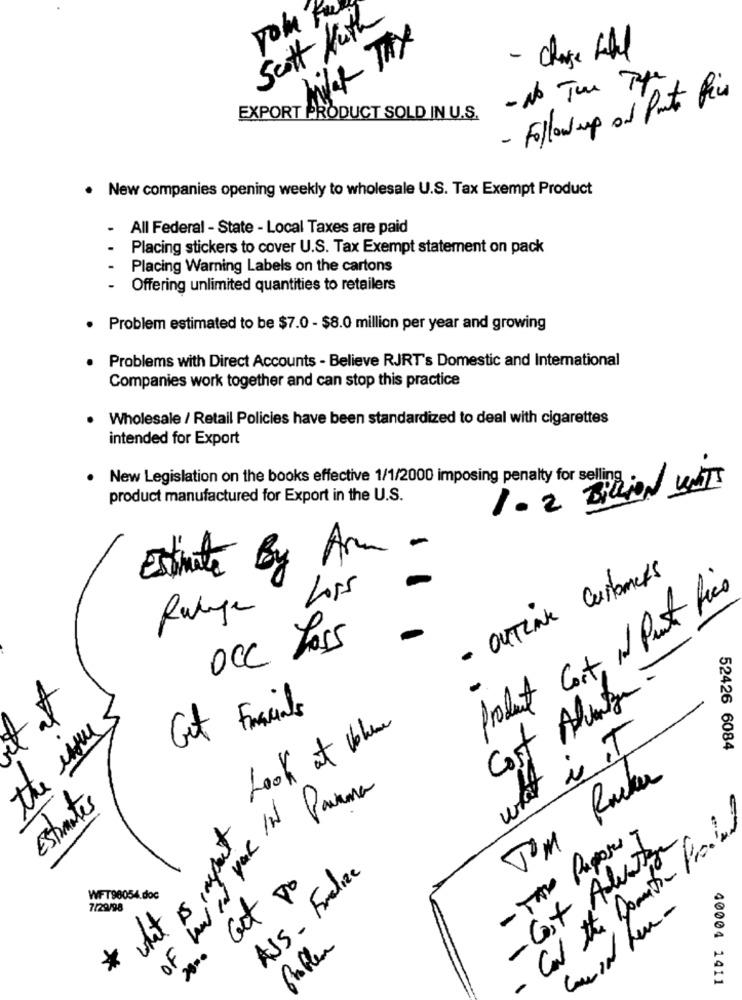
Scott Kuth
John
night THX
- Charge fehl
- No TOU The
- Follow up of Punto Pics
EXPORT PRODUCT SOLD IN U.S.
. New companies opening weekly to wholesale U.S. Tax Exempt Product
All Federal - State - Local Taxes are paid
Placing stickers to cover U.S. Tax Exempt statement on pack
Placing Warning Labels on the cartons
Offering unlimited quantities to retailers
Problem estimated to be $7.0 - $8.0 million per year and growing
Problems with Direct Accounts - Believe RJRT's Domestic and International
Companies work together and can stop this practice
Wholesale / Retail Policies have been standardized to deal with cigarettes
intended for Export
New Legislation on the books effective 1/1/2000 imposing penalty for selling /WII
product manufactured for Export in the U.S.
1.2 Biu
-
Estimate By Arm
- OUTLine Customers
Ralage Loss
Product Cort, It Pust fico
Occ Los5
Cost Advantage
Gut Facials
the une
Look at bene
what is IT
52426 6084
Tom Rucker
IN Parma
Estantes
Cal the Domithe Froid
what is aspect
- TAX Papers
- Cost Advantage
ASS - Fralize
Get po
WFT98054.doc
7/29/98
Ballen
2000
*
40004 1411